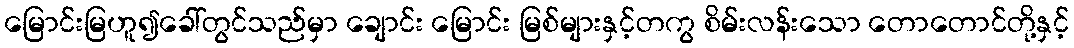
မြောင်းမြဟူ၍ခေါ်တွင်သည်မှာ ချောင်း မြောင်း မြစ်များနှင့်တကွ စိမ်းလန်းသော တောတောင်တို့နှင့်